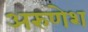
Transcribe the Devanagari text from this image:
अरुणेश